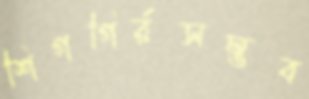
শিগগির্রসম্ভব